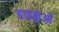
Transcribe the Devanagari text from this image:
हाइकुओं